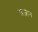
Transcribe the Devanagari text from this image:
खज़ान